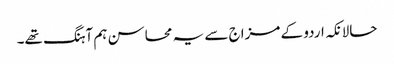
حالانکہ اردو کے مزاج سے یہ محاسن ہم آہنگ تھے۔